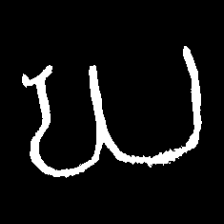
Pyu character \u2014 Myanmar letter: ဃ (romanized: gha)